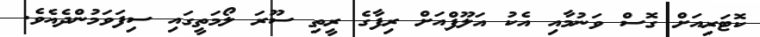
ކޮޓަރިއަށް ގޮސް ވަނުމާއި އެކު އަލޫފްއަށް ރިފާގެ ރީތި ސޫރަ ލޯމަތީގައި ސިފަވަމުންދެއެވެ.